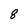
Character: 8